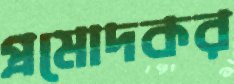
প্রমোদকর